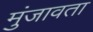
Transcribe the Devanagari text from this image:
मुंजावता